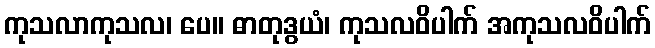
ကုသလာကုသလ၊ ပေ။ ဓာတုဒွယံ၊ ကုသလဝိပါက် အကုသလဝိပါက်